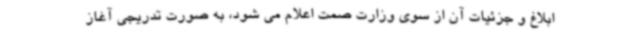
ابلاغ و جزئیات آن از سوی وزارت صمت اعلام می شود، به صورت تدریجی آغاز